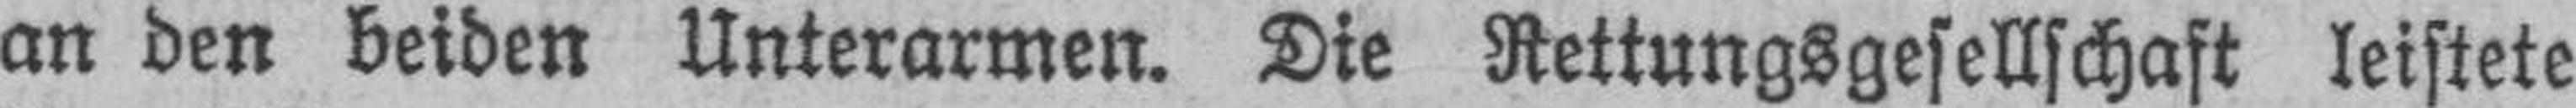
an den beiden Unterarmen. Die Rettungsgesellschaft leistete